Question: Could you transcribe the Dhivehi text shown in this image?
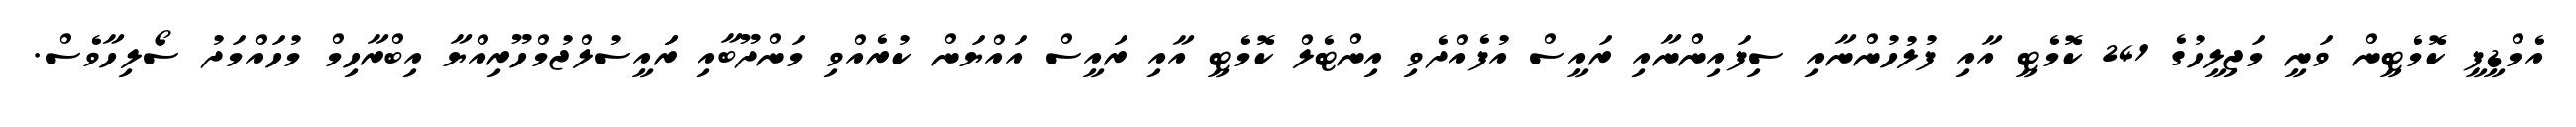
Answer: އެމްޑީޕީ ކޮމެޓީން ވަނީ މަޖިލީހުގެ 241 ކޮމެޓީ އާއި ފުލުހުންނާއި ސިފައިންނާއި ރައީސް އުފެއްދެވި އިންޓެލް ކޮމެޓީ އާއި ރައީސް އައްޔަން ކުރެއްވި މަންދޫބާއި ރަައީސުލްޖުމްހޫރިއްޔާ އިބްރާހިމް މުހައްމަދު ސޯލިހާވެސް.